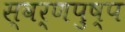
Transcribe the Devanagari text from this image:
स्वर्णपुष्प